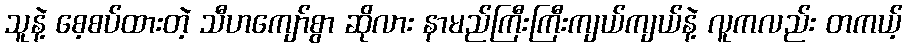
သူနဲ့ စေ့စပ်ထားတဲ့ သီဟကျော်စွာ ဆိုလား နာမည်ကြီးကြီးကျယ်ကျယ်နဲ့ လူကလည်း တကယ့်